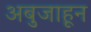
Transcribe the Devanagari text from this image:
अबुजाहून